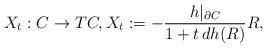
LaTeX: \begin{align*}X_t : C \rightarrow TC, X_t := - \frac{h|_{\partial C}}{1+t \, dh(R)} R,\end{align*}